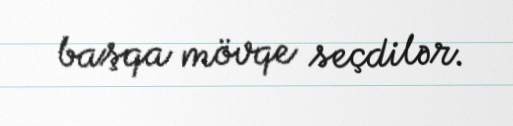
başqa mövqe seçdilər.